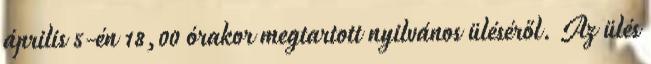
április 5-én 18,00 órakor megtartott nyilvános üléséről. Az ülés